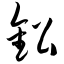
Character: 铅